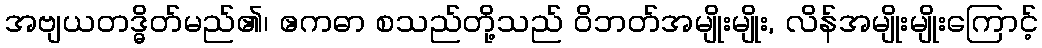
အဗျယတဒ္ဓိတ်မည်၏၊ ဧကဓာ စသည်တို့သည် ဝိဘတ်အမျိုးမျိုး, လိန်အမျိုးမျိုးကြောင့်